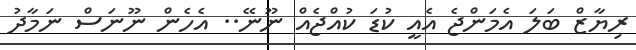
ރިޔާޒް ބަލަ އެމަންޖެ އެއީ ކުޑަ ކުއްޖެއް ނޫނޭ.. އެހެން ނޫނަސް ނަމާދު